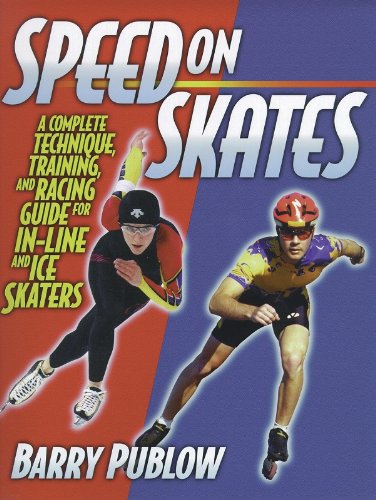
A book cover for Speed on Skates: A Complete Technique, Training and Racing Guide for In-Line and Ice Skaters; Barry Publow; Sports & Outdoors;